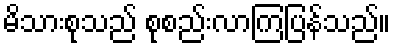
မိသားစုသည် စုစည်းလာကြပြန်သည်။